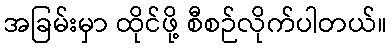
အခြမ်းမှာ ထိုင်ဖို့ စီစဉ်လိုက်ပါတယ်။